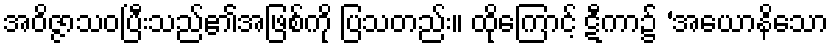
အဝိဇ္ဇာသဝပြီးသည်၏အဖြစ်ကို ပြသတည်း။ ထိုကြောင့် ဋီကာ၌ ‘အယောနိသော